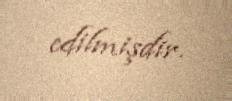
edilmişdir.